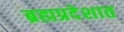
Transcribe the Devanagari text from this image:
ब्रह्मप्रदेशात